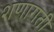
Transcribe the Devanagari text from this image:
शणागती